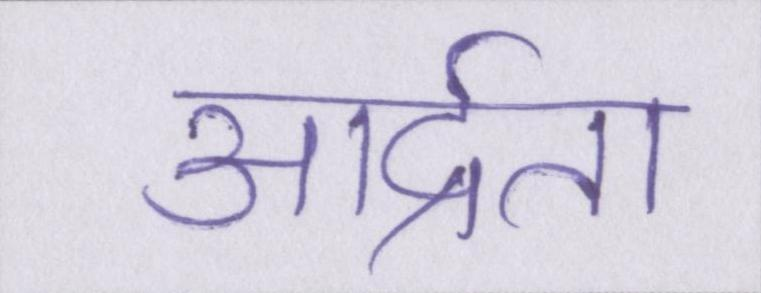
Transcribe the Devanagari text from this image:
आर्द्रता